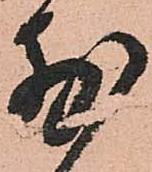
前